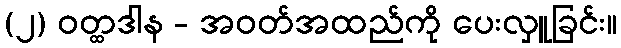
(၂) ဝတ္ထဒါန - အဝတ်အထည်ကို ပေးလှူခြင်း။